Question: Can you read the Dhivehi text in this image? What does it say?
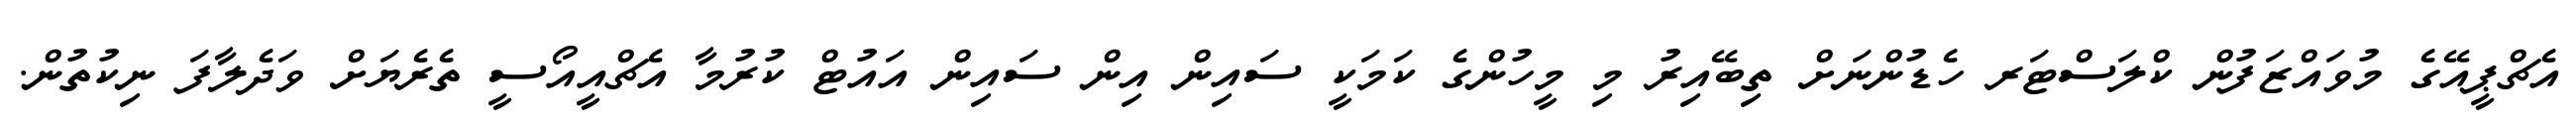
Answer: އެޗްޕީއޭގެ މުވައްޒަފުން ކްލަސްޓަރ ހެޑުންނަށް ތިބޭއިރު މި މީހުންގެ ކަމަކީ ސައިން އިން ސައިން އައުޓް ކުރުމާ އެޗްއީއޯސީ ތެރެޔަށް ވަދެލާފަ ނިކުތުން.